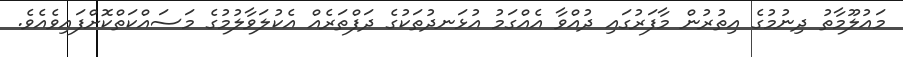
މައުލޫމާތު ދިނުމުގެ އިތުރުން މާފަރުގައި ދުއްވާ އެއްގަމު އުޅަނދުތަކުގެ ދަފްތަރެއް އެކުލަވާލުމުގެ މަސައްކަތްކޮށްފައިވެއެވެ.